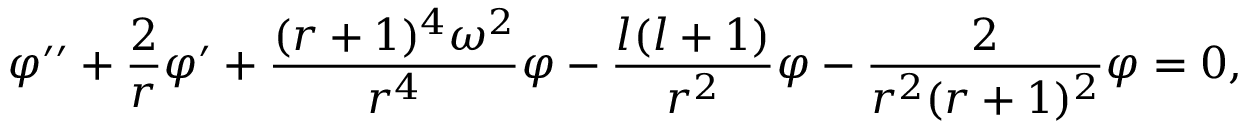
\varphi ^ { \prime \prime } + { \frac { 2 } { r } } \varphi ^ { \prime } + { \frac { ( r + 1 ) ^ { 4 } \omega ^ { 2 } } { r ^ { 4 } } } \varphi - { \frac { l ( l + 1 ) } { r ^ { 2 } } } \varphi - { \frac { 2 } { r ^ { 2 } ( r + 1 ) ^ { 2 } } } \varphi = 0 ,